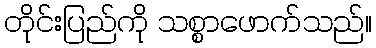
တိုင်းပြည်ကို သစ္စာဖောက်သည်။